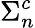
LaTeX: \Sigma_{n}^{c}